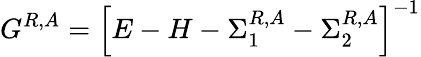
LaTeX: G^{R,A}=\left[E-H-\Sigma_{1}^{R,A}-\Sigma_{2}^{R,A}\right]^{-1}